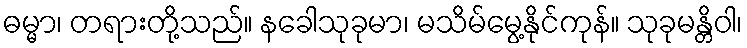
ဓမ္မာ၊ တရားတို့သည်။ နခေါသုခုမာ၊ မသိမ်မွေ့နိုင်ကုန်။ သုခုမန္တိဝါ၊